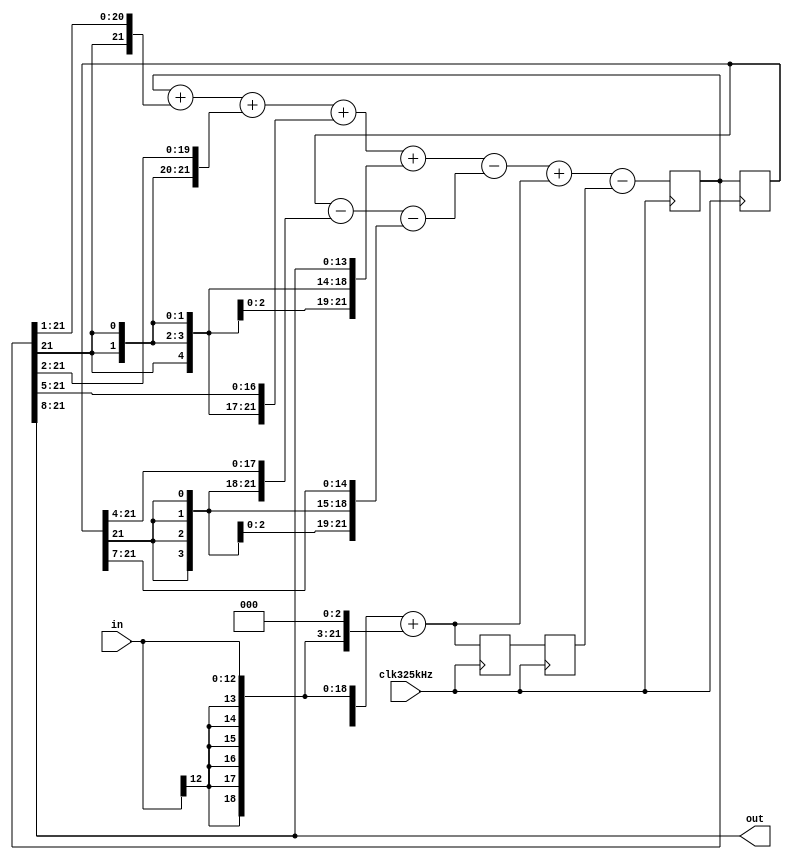
module BPF(out, in, clk325kHz);
input clk325kHz;
input signed [12:0] in;
output signed [13:0] out;
assign out=u256[21:8];
// 457=(1+1/2+1/4+1/32+1/256)*256
// 238=(1-1/16-1/128)*256
wire signed [21:0] u457, u238_1, in9;
assign in9={{9{in[12]}},in}+{{6{in[12]}},in,3'b0};
assign u457=u256+{u256[21],u256[21:1]}+{{2{u256[21]}},u256[21:2]}+{{5{u256[21]}},u256[21:5]}+{{8{u256[21]}},u256[21:8]};
assign u238_1=u256_1-{{4{u256_1[21]}},u256_1[21:4]}-{{7{u256_1[21]}},u256_1[21:7]};
reg signed [21:0] u256, u256_1,in9_1, in9_2;
always @(posedge clk325kHz) begin
    u256_1<=u256;
	 u256<=u457-u238_1+in9-in9_2;
	 in9_2<=in9_1;
	 in9_1<=in9;
end

endmodule